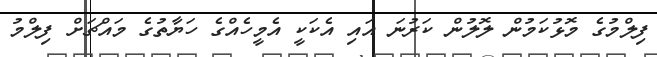
ފިލްމުގެ މޮޅުކަމުން ލޮލުން ކަރުނަ އައި އެކަކީ އެމީހެއްގެ ހަޔާތުގެ މައްޗަށް ފިލްމު